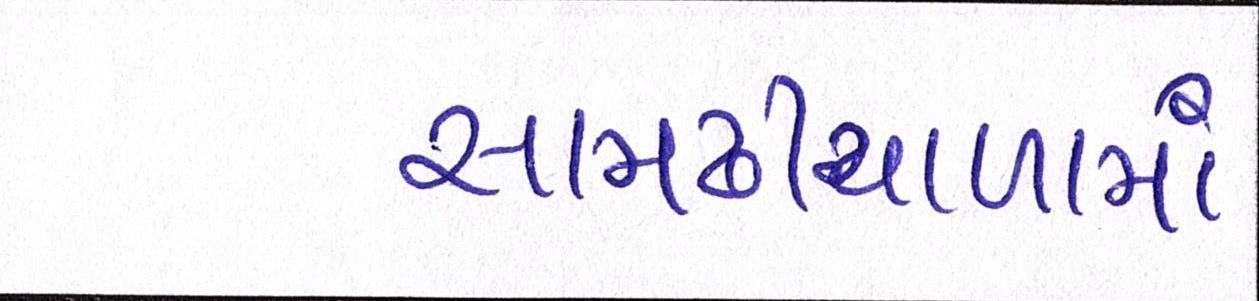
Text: સામઢીયાળામાં